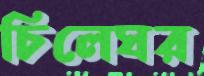
চিলেঘর